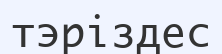
тэріздес